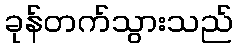
ခုန်တက်သွားသည်